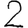
Digit: 2